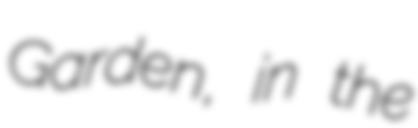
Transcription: Garden, in the